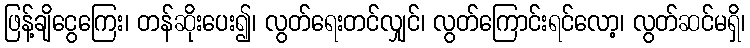
ဖြန့်ချိငွေကြေး၊ တန်ဆိုးပေး၍၊ လွတ်ရေးတင်လျှင်၊ လွတ်ကြောင်းရင်လော့၊ လွတ်ဆင်မရှိ၊